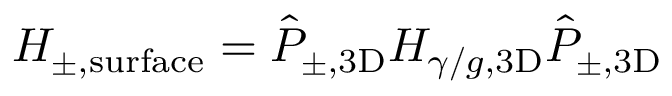
H _ { \pm , \mathrm { s u r f a c e } } = \hat { P } _ { \pm , \mathrm { 3 D } } H _ { \gamma / g , \mathrm { 3 D } } \hat { P } _ { \pm , \mathrm { 3 D } }